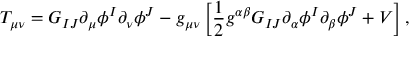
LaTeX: T _ { \mu \nu } = G _ { I J } \partial _ { \mu } \phi ^ { I } \partial _ { \nu } \phi ^ { J } - g _ { \mu \nu } \left[ { \frac { 1 } { 2 } } g ^ { \alpha \beta } G _ { I J } \partial _ { \alpha } \phi ^ { I } \partial _ { \beta } \phi ^ { J } + V \right] ,